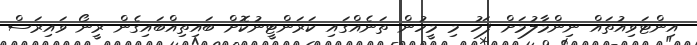
އިންޓަވިއުތައް ނިންމާލުމަށް ފަހު މި މީހުން ތަނެއްގައި ކަރަންޓީނުކޮށް ބައިތިއްބައިގެން ރީނޯ ވައިރަސް